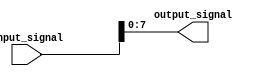
module bit_select_assign(
    input [15:0] input_signal,
    output reg [7:0] output_signal
);

always @(*) begin
    output_signal = input_signal[7:0]; // Assign bits 7 to 0 of the input signal to the output signal
end

endmodule